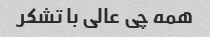
همه چی عالی با تشکر